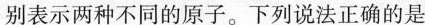
别表示两种不同的原子。下列说法正确的是